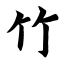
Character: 竹